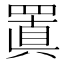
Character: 𮊍